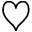
\heartsuit